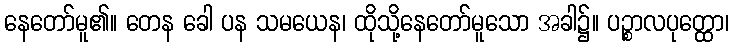
နေတော်မူ၏။ တေန ခေါ ပန သမယေန၊ ထိုသို့နေတော်မူသော အခါ၌။ ပဉ္စာလပုတ္ထော၊